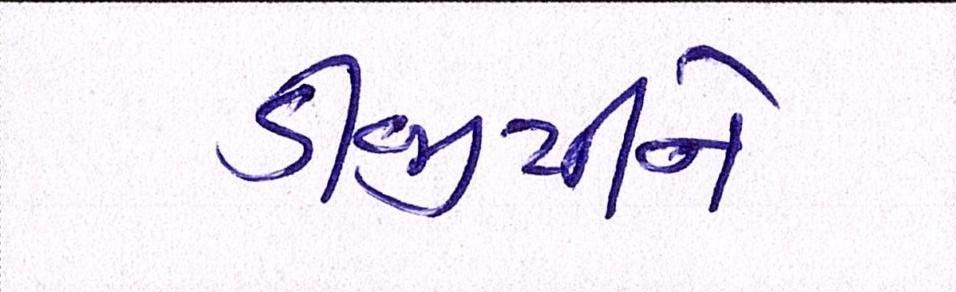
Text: ડીજીપીને